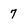
Character: 7